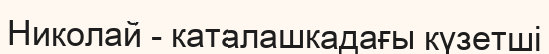
Николай - каталашкадағы күзетші